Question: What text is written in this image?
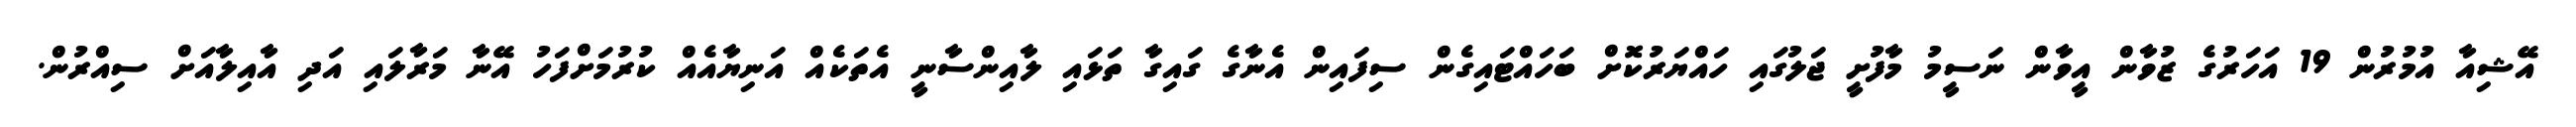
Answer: އޭޝިއާ އުމުރުން 19 އަހަރުގެ ޒުވާން އީވާން ނަސީމު މާފުށީ ޖަލުގައި ހައްޔަރުކޮށް ބަހައްޓައިގެން ސިފައިން އެނާގެ ގައިގާ ތަޅައި ލާއިންސާނީ އެތަކެއް އަނިޔާއެއް ކުރުމަށްފަހު އޭނާ މަރާލައި އަދި އާއިލާއަށް ސިއްރުން.